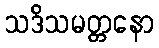
သဒိသမတ္တနော